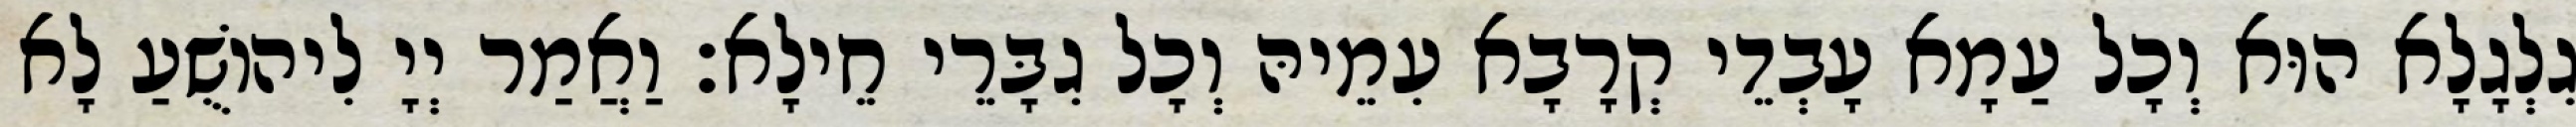
גִלְגָלָא הוּא וְכָל עַמָא עָבְדֵי קְרָבָא עִמֵיהּ וְכָל גִבָּרֵי חֵילָא׃ וַאֲמַר יְיָ לִיהוֹשֻׁעַ לָא